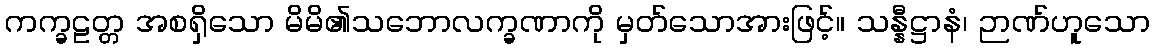
ကက္ခဠတ္တ အစရှိသော မိမိ၏သဘောလက္ခဏာကို မှတ်သောအားဖြင့်။ သန္နီဋ္ဌာနံ၊ ဉာဏ်ဟူသော